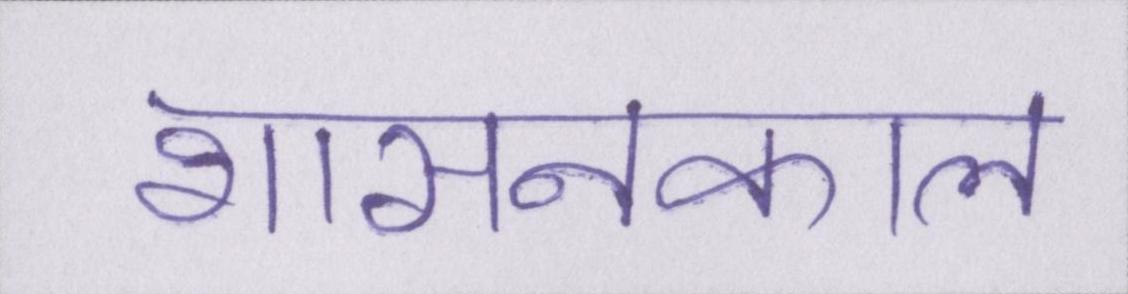
शासनकाल